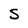
Character: S